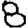
Digit: 8